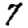
Digit: 7